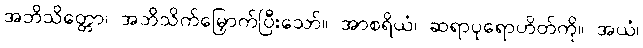
အဘိသိတ္တော၊ အဘိသိက်မြှောက်ပြီးသော်။ အာစရိယံ၊ ဆရာပုရောဟိတ်ကို။ အယံ၊